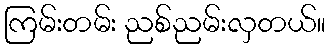
ကြမ်းတမ်း ညစ်ညမ်းလှတယ်။